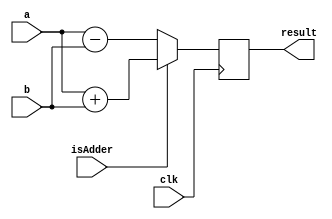
`timescale 1ns / 1ps
//////////////////////////////////////////////////////////////////////////////////
// Company: 
// Engineer: 
// 
// Design Name: 
// Module Name: AdderAndSubtracter
// Project Name: 
// Target Devices: 
// Tool Versions: 
// Description: 
// 
// Dependencies: 
// 
// Revision:
// Revision 0.01 - File Created
// Additional Comments:
// 
//////////////////////////////////////////////////////////////////////////////////


module AdderAndSubtracter(
    input wire isAdder,
    input wire [0:7]a,
    input wire [0:7]b,
    input wire clk,
    output wire [0:7]result
    );
    reg [0:7] data;
    always @(posedge clk) begin
        if(isAdder)begin
            data <= a+b;
        end else begin
            data <= a-b;
        end
    end
    assign result = data;
endmodule